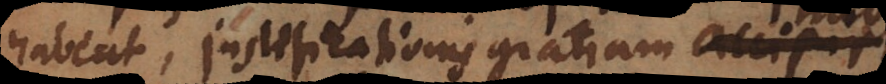
habeat, justificationis gratiam habebit,